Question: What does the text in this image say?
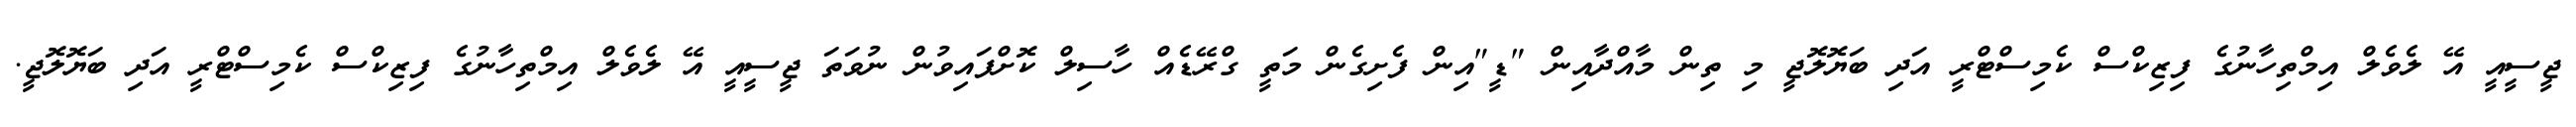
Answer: ޖީސީއީ އޭ ލެވެލް އިމްތިހާނުގެ ފިޒިކްސް ކެމިސްޓްރީ އަދި ބަޔޮލޮޖީ މި ތިން މާއްދާއިން "ޑީ"އިން ފެށިގެން މަތީ ގްރޭޑެއް ހާސިލް ކޮށްފައިވުން ނުވަތަ ޖީސީއީ އޭ ލެވެލް އިމްތިހާނުގެ ފިޒިކްސް ކެމިސްޓްރީ އަދި ބަޔޮލޮޖީ.